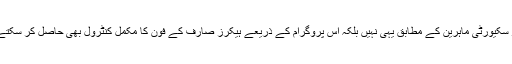
سائبر سکیورٹی ماہرین کے مطابق یہی نہیں بلکہ اس پروگرام کے ذریعے ہیکرز صارف کے فون کا مکمل کنٹرول بھی حاصل کر سکتے ہیں۔